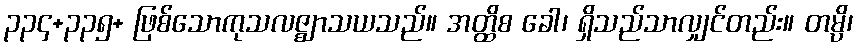
၃၃၄+၃၃၅+ ဖြစ်သောကုသလဇ္ဈာသယသည်။ အတ္ထိစ ခေါ၊ ရှိသည်သာလျှင်တည်း။ တမ္ပိ၊